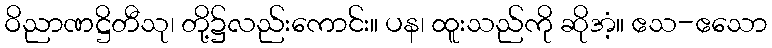
ဝိညာဏဋ္ဌိတီသု၊ တို့၌လည်းကောင်း။ ပန၊ ထူးသည်ကို ဆိုအံ့။ ဧသ-ဧသော